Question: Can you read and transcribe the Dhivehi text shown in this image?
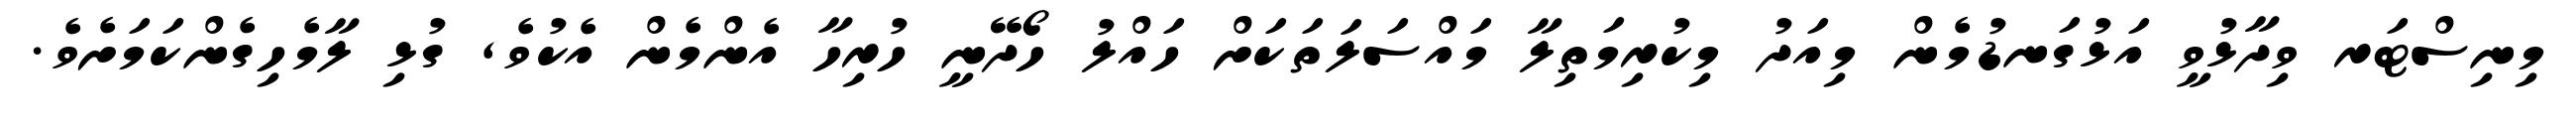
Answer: މިނިސްޓަރ ވިދާޅުވީ އަޅުގަނޑުމެން މިއަދު މިކުރިމަތިލާ މައްސަލަތަކަށް ހައްލު ހޯދޭނީ ހުރިހާ އެންމެން އެކުވެ, ގުޅި ލާމެހިގެންކަމަށެވެ.